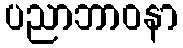
ပညာဘာဝနာ